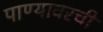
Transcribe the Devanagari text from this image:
पाण्यावरची